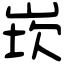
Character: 崁